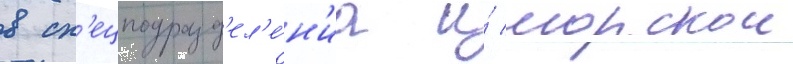
в сп'ецподразд'ел'е́н'иа и́ морскои